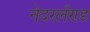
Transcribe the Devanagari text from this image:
नेदरलँण्ड